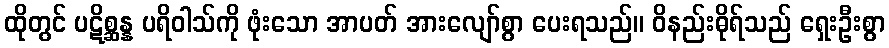
ထိုတွင် ပဋိစ္ဆန္န ပရိဝါသ်ကို ဖုံးသော အာပတ် အားလျော်စွာ ပေးရသည်။ ဝိနည်းဓိုရ်သည် ရှေးဦးစွာ